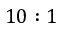
1 0 : 1